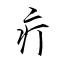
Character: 疔